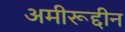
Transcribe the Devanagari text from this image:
अमीरूद्दीन